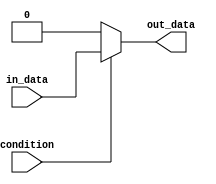
module if_else_example (
    input wire condition,
    input wire in_data,
    output reg out_data
);

always @ (condition or in_data)
begin
    if (condition)
    begin
        out_data <= in_data;
    end
    else
    begin
        out_data <= 0;
    end
end

endmodule